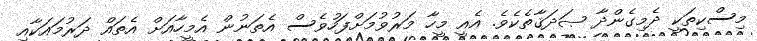
މިސްކިތަކީ ދެމިގެންދާ ޞަދަޤާތެކެވެ. އެއީ މީހާ މަރުވުމަށްފަހުވެސް އެތަނުން އެމީހާއަށް އެތައް ދަރުމައަކާއި